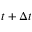
t + \Delta t